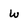
Character: w